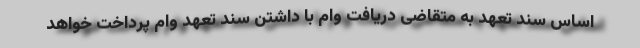
اساس سند تعهد به متقاضی دریافت وام با داشتن سند تعهد وام پرداخت خواهد